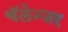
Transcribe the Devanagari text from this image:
चॅलेन्जर